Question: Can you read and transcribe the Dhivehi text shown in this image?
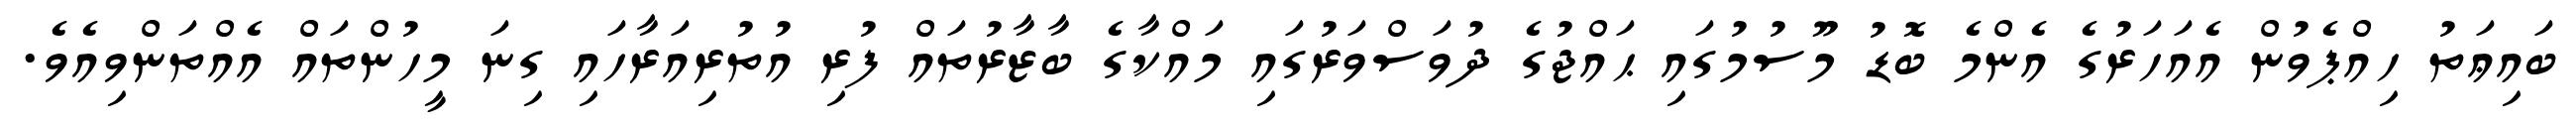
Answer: ބައިޢަތު ހިއްޕެވުން އެއަހަރުގެ އެންމެ ބޮޑު މޫސުމުގައި ޙައްޖުގެ ދުވަސްވަރުގައި މައްކާގެ ބާޒާރުތައް ފުރި އުތުރިއަރާހައި ގިނަ މީހުންތައް އެއްތަންވިއެވެ.